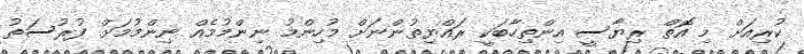
ކުރިއަށް މި އޮތް ރިޔާސީ އިންތިހާބަކީ ރައްޔިތުންނަށް މުހިންމު ނިންމުމެއް ނިންމުމަށް ފުރުސަތު